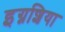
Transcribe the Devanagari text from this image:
इग्नशिया